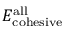
E _ { \mathrm { c o h e s i v e } } ^ { \mathrm { a l l } }